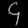
Digit: ၄